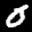
Label: 0